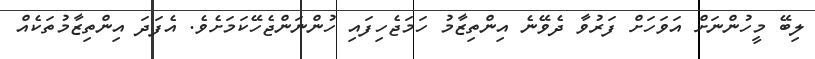
ލިބޭ މީހުންނަށް އަވަހަށް ފަރުވާ ދެވޭނެ އިންތިޒާމު ހަމަޖެހިފައި ހުންނަންޖެހޭކަމަށެވެ. އެފަދަ އިންތިޒާމުތަކެއް